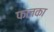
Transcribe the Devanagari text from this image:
फलका